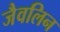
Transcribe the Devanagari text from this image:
जैवलिन